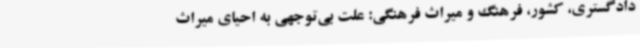
دادگستری، کشور، فرهنگ و میراث فرهنگی: علت بی‌توجهی به احیای میراث